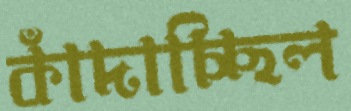
কাঁদাচ্ছিল